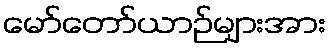
မော်တော်ယာဉ်များအား